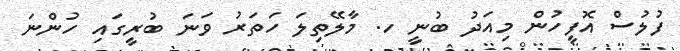
ފުލުސް އޮފީހުން މިއަދު ބުނީ ހ. މާލޭތިލަ ހަތަރު ވަނަ ބުރީގައި ހުންނަ